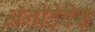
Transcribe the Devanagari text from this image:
ॲनोटेटेड